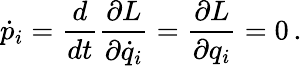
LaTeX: {\dot{p}}_{i}={\frac{d}{dt}}{\frac{\partial L}{\partial{\dot{q}}_{i}}}={\frac{\partial L}{\partial q_{i}}}=0\, .